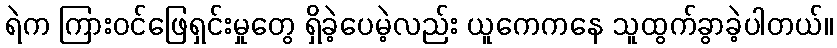
ရဲက ကြားဝင်ဖြေရှင်းမှုတွေ ရှိခဲ့ပေမဲ့လည်း ယူကေကနေ သူထွက်ခွာခဲ့ပါတယ်။